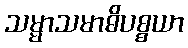
သမ္မာသမာဓိပစ္စယာ